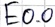
Text: E0.0